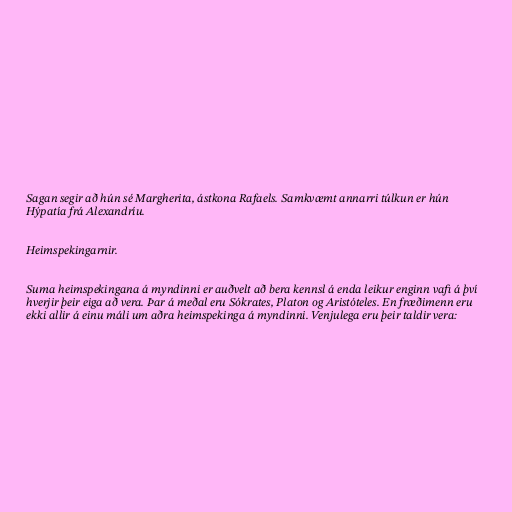
Sagan segir að hún sé Margherita, ástkona Rafaels. Samkvæmt annarri túlkun er hún
Hýpatía frá Alexandríu.

Heimspekingarnir.

Suma heimspekingana á myndinni er auðvelt að bera kennsl á enda leikur enginn vafi á því
hverjir þeir eiga að vera. Þar á meðal eru Sókrates, Platon og Aristóteles. En fræðimenn eru
ekki allir á einu máli um aðra heimspekinga á myndinni. Venjulega eru þeir taldir vera: